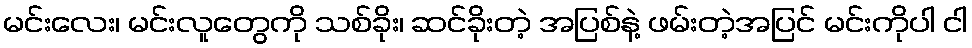
မင်းလေး၊ မင်းလူတွေကို သစ်ခိုး၊ ဆင်ခိုးတဲ့ အပြစ်နဲ့ ဖမ်းတဲ့အပြင် မင်းကိုပါ ငါ